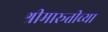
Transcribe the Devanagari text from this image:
श्रीमारूतीच्या